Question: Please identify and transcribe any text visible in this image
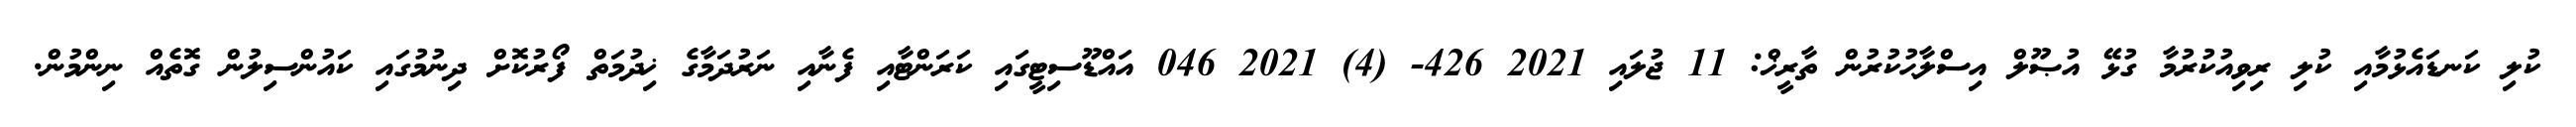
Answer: ކުލި ކަނޑައެޅުމާއި ކުލި ރިވިއުކުރުމާ ގުޅޭ އުޞޫލް އިސްލާޙުކުރުން ތާރީޚް: 11 ޖުލައި 2021 426- (4) 2021 046 އައްޑޫސިޓީގައި ކަރަންޓާއި ފެނާއި ނަރުދަމާގެ ޚިދުމަތް ފޯރުކޮށް ދިނުމުގައި ކައުންސިލުން ގޮތެއް ނިންމުން.